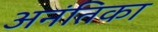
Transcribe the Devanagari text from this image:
अनंतिका